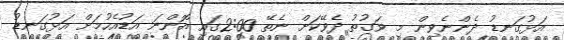
އަޅުގަނޑު ދެންނެވިން މި ވަގުތު ދެވޭކަށް ނެތޭ 2:00ގައި އޮންނަ އަޑުއެހުމަށް އަޅުގަނޑު